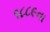
૧૮૮૯ના